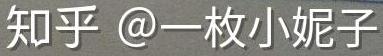
知乎 @一枚小妮子